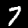
Digit: 7